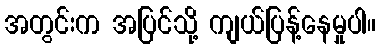
အတွင်းက အပြင်သို့ ကျယ်ပြန့်နေမှုပါ။